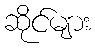
ဆိုင်များ